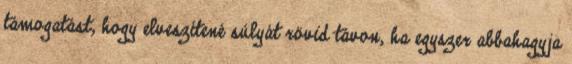
támogatást, hogy elveszítené súlyát rövid távon, ha egyszer abbahagyja